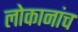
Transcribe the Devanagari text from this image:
लोकानांच